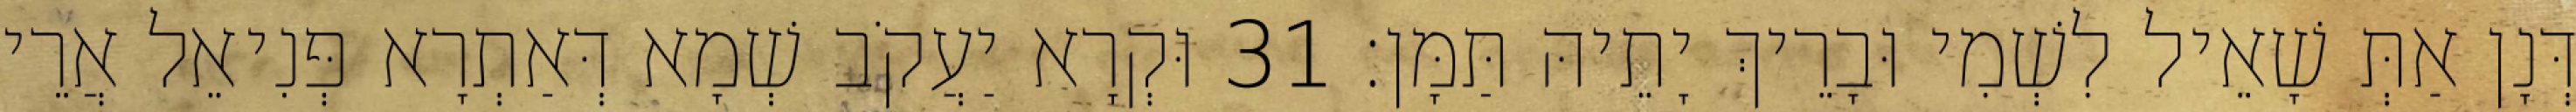
דְּנָן אַתְּ שָׁאֵיל לִשְׁמִי וּבָרֵיךְ יָתֵיהּ תַּמָּן׃ 31 וּקְרָא יַעֲקֹב שְׁמָא דְּאַתְרָא פְּנִיאֵל אֲרֵי